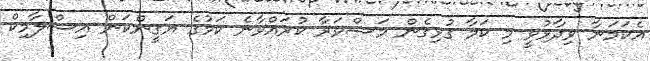
އެކަމަނާ ވިދާޅުވީ މި ކަމާ ގުޅިގެން މަޝްވަރާ ކުރައްވާނެ ކަމުގެ ޔަގީންކަން އިސްލާމިކް